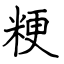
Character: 粳